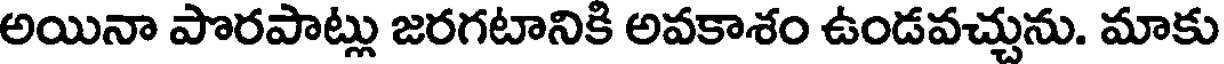
అయినా పొరపాట్లు జరగటానికి అవకాశం ఉండవచ్చును. మాకు